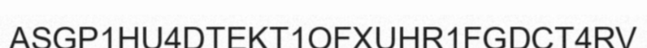
ASGP1HU4DTEKT1OFXUHR1FGDCT4RV